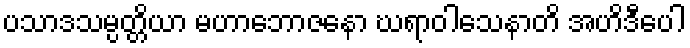
ပသာဒသမ္ပတ္တိယာ မဟာဘောဇနော ဃရာဝါသေနာတိ အဟိဒီပေါ